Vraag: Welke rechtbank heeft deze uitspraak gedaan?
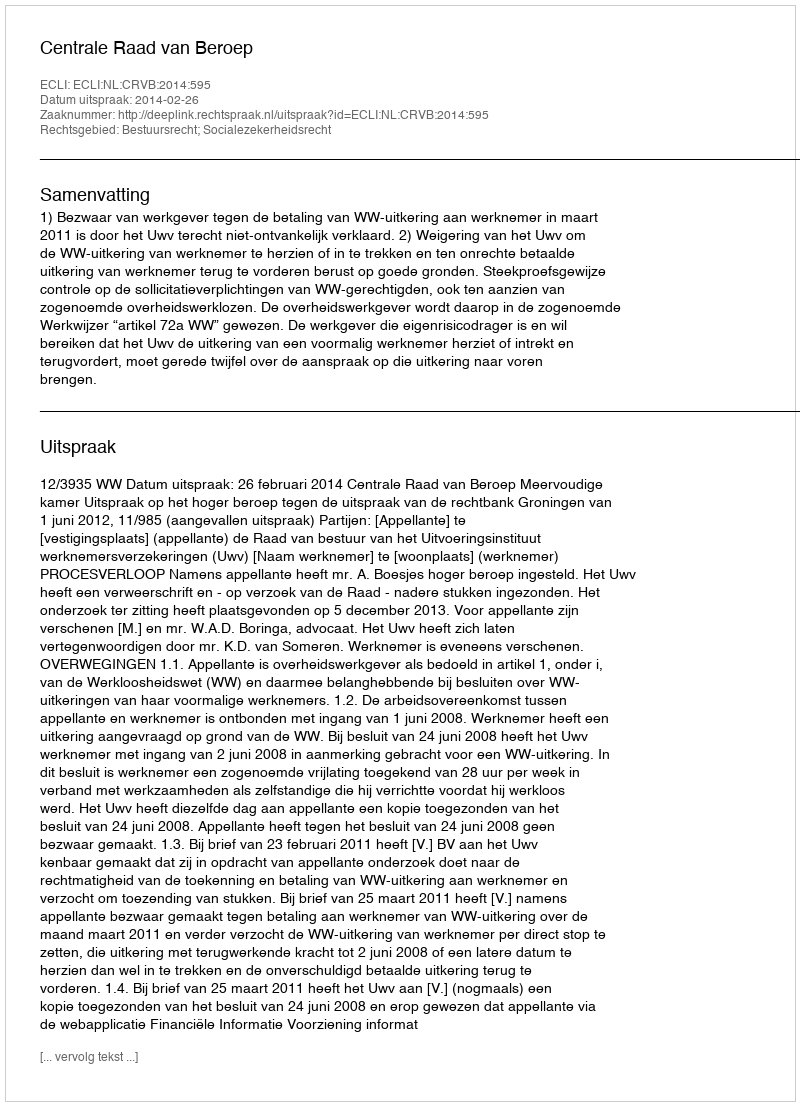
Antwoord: Centrale Raad van Beroep